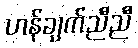
ဟန်ချက်ညီညီ